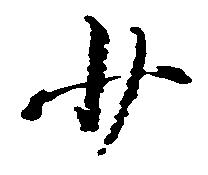
少